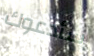
سأدعوك